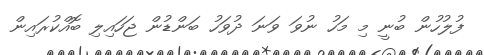
ފުލުހުން ބުނީ މި މަހު ނުވަ ވަނަ ދުވަހު ބަންޑުން ޖަހައިލި ބޮއްކުރައިން